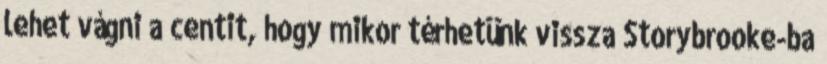
lehet vágni a centit, hogy mikor térhetünk vissza Storybrooke-ba